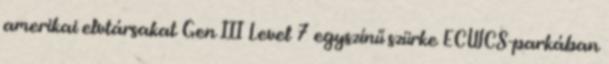
amerikai elvtársakat Gen III Level 7 egyszínű szürke ECWCS-parkában